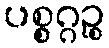
ပစ္စဂ္ဂဉ္စ